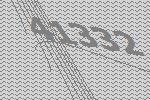
41332